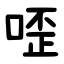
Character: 㗏